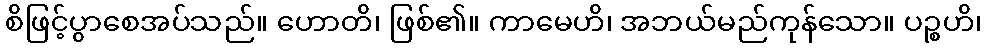
စိဖြင့်ပွာစေအပ်သည်။ ဟောတိ၊ ဖြစ်၏။ ကာမေဟိ၊ အဘယ်မည်ကုန်သော။ ပဉ္စဟိ၊